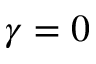
\gamma = 0